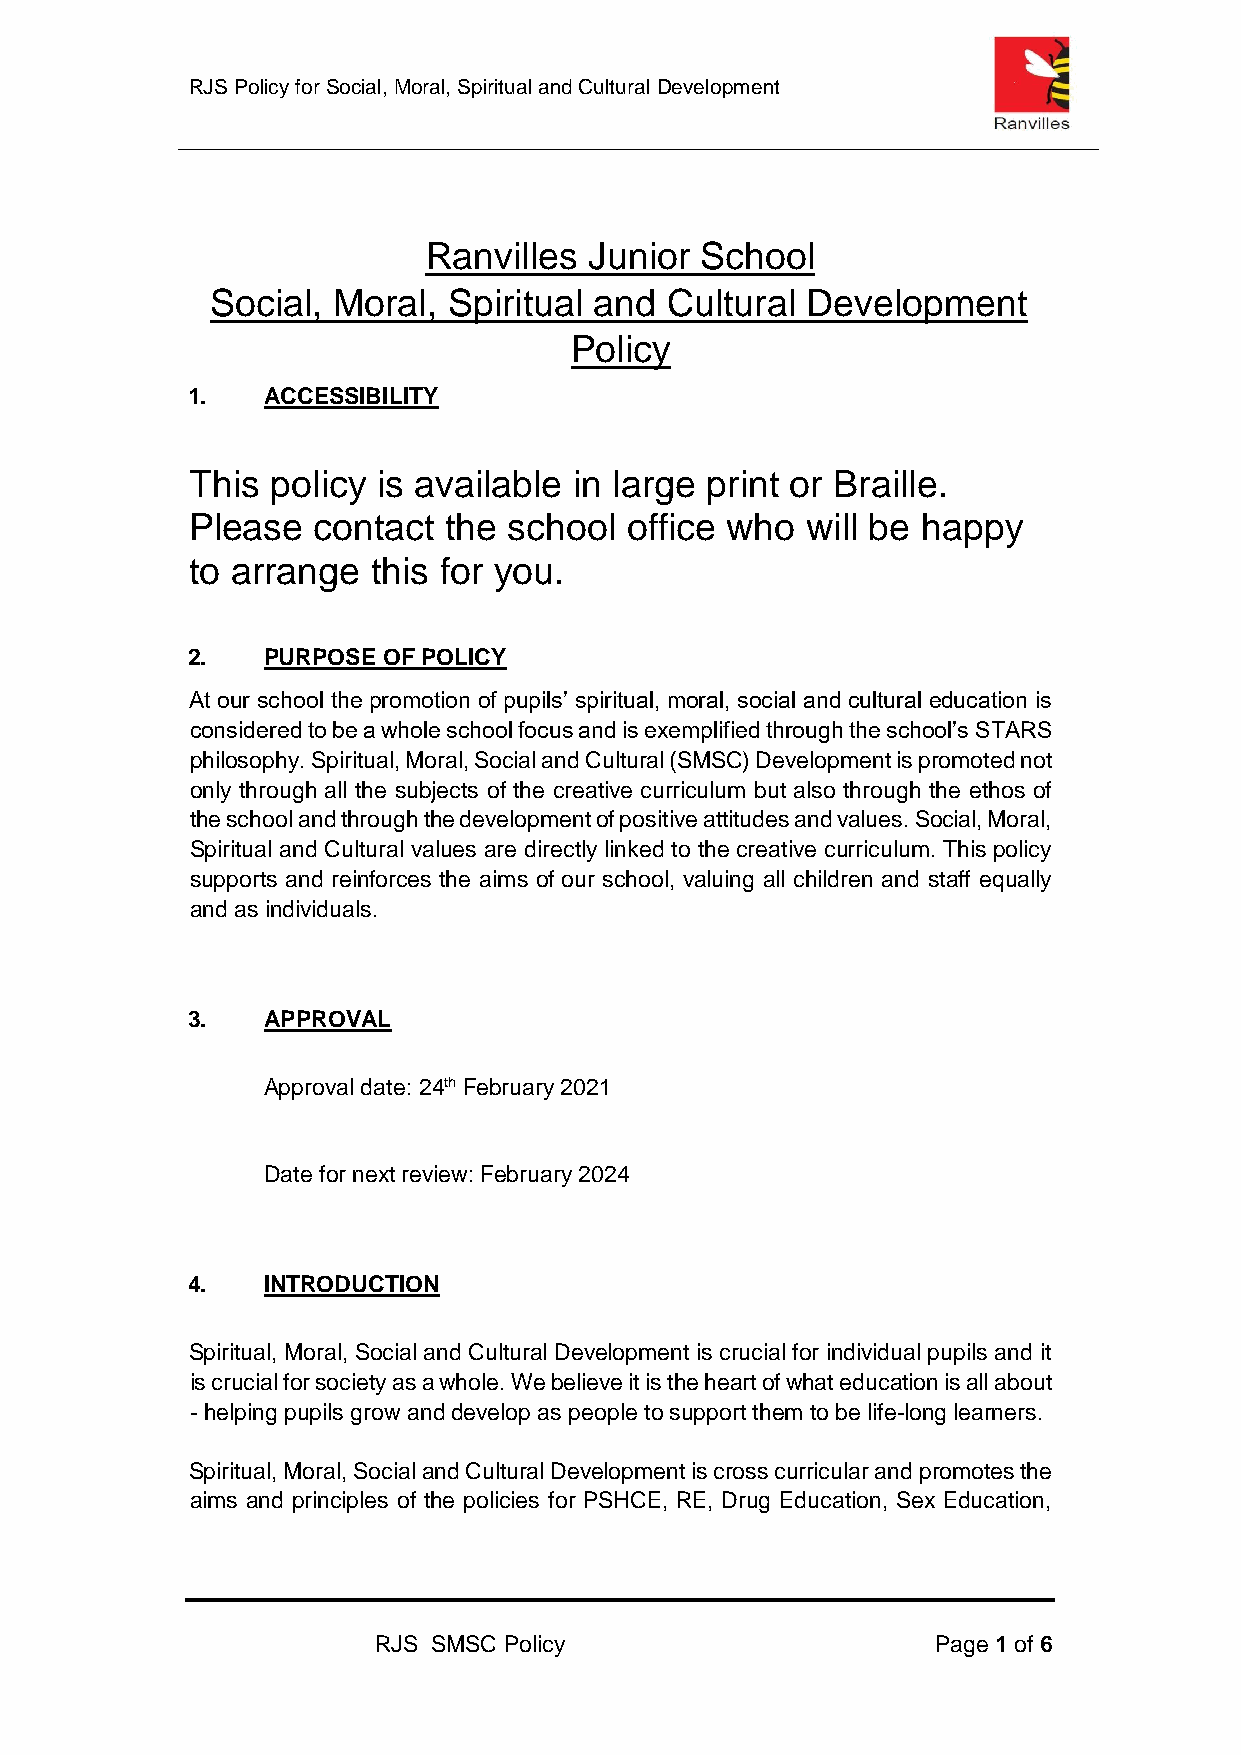
RJS Pol icy for Social, Moral, Spiritual and Cultural Development
 Ranvilles  Junior School
 Social, Moral,  Spiritual and Cultural Development
 Policy
 1.   ACCESSIBILITY
 This policy is available in large print or Braille.
 Please  contact the  school office who  will be happy
 to arrange  this for you.
 2.   PURPOSE OF POLICY
 At our school the promotion of pupils’ spiritual, moral, social and cultural education is
 considered to be a whole school focus and is exemplified through the school’s STARS
 philosophy. Spiritual, Moral, Social and Cultural (SMSC) Development is promoted not
 only through all the subjects of the creative curriculum but also through the ethos of
 the school and through the development of positive attitudes and values. Social, Moral,
 Spiritual and Cultural values are directly linked to the creative curriculum. This policy
 supports and reinforces the aims of our school, valuing all children and staff equally
 and as individuals.
 3.   APPROVAL
 Approval date: 24th February 2021
 Date for next review: February 2024
 4.   INTRODUCTION
 Spiritual, Moral, Social and Cultural Development is crucial for individual pupils and it
 is crucial for society as a whole. We believe it is the heart of what education is all about
 - helping pupils grow and develop as people to support them to be life-long learners.
 Spiritual, Moral, Social and Cultural Development is cross curricular and promotes the
 aims and principles of the policies for PSHCE, RE, Drug Education, Sex Education,
 RJS SMSC Policy                      Page 1 of 6